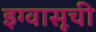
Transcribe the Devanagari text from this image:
इग्वासूची